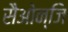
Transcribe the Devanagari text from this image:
सैओन्जि